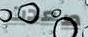
صعدت